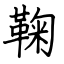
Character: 鞠